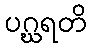
ပဂ္ဃရတိ